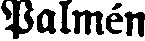
Palmén